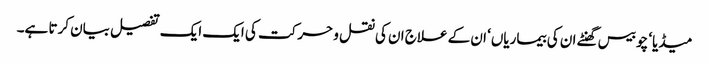
میڈیا‘ چوبیس گھنٹے ان کی بیماریاں‘ ان کے علاج ان کی نقل و حرکت کی ایک ایک تفصیل بیان کرتا ہے۔